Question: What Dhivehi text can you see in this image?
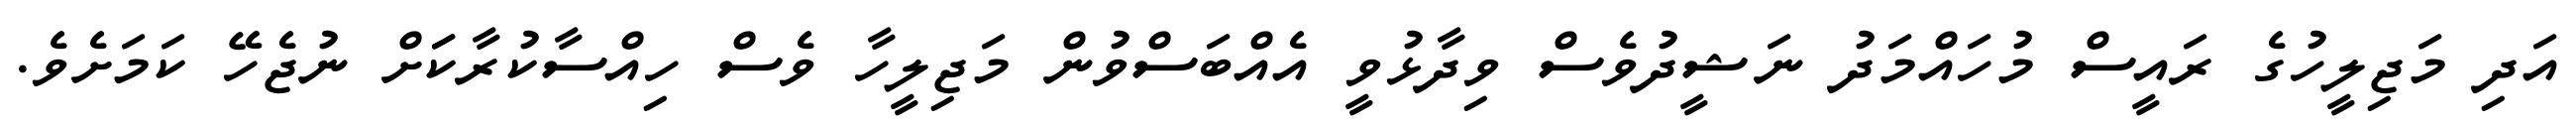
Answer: އަދި މަޖިލީހުގެ ރައީސް މުހައްމަދު ނަޝީދުވެސް ވިދާޅުވީ އެއްބަސްވުން މަޖިލީހާ ވެސް ހިއްސާކުރާކަަށް ނުޖެހޭ ކަމަށެވެ.